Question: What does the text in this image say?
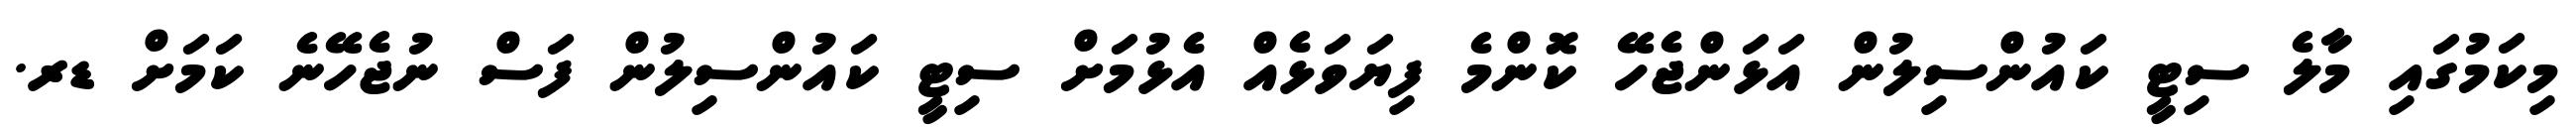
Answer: މިކަމުގައި މާލެ ސިޓީ ކައުންސިލުން އަޅަންޖެހޭ ކޮންމެ ފިޔަވަޅެއް އެޅުމަށް ސިޓީ ކައުންސިލުން ފަސް ނުޖެހޭނެ ކަމަށް ޑރ.